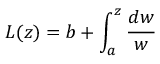
L ( z ) = b + \int _ { a } ^ { z } { \frac { d w } { w } }